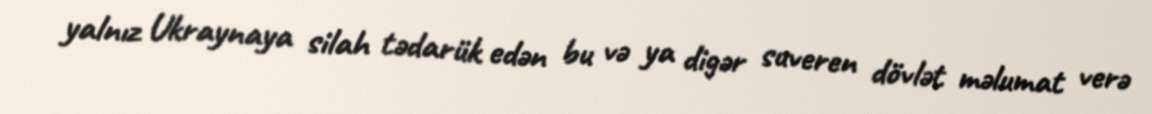
yalnız Ukraynaya silah tədarük edən bu və ya digər suveren dövlət məlumat verə